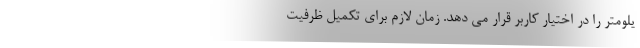
یلومتر را در اختیار کاربر قرار می دهد. زمان لازم برای تکمیل ظرفیت